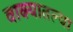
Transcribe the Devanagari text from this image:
वाक्यातल्या